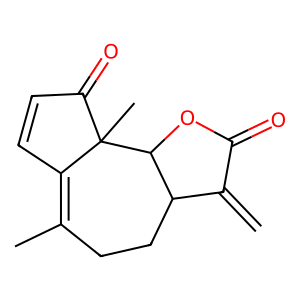
SMILES: C=C1C(=O)OC2C1CCC(C)=C1C=CC(=O)C12C
Inhibits HIV replication: No